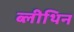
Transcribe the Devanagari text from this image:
ब्लीथिन